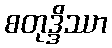
စတုဒ္ဒိဿာ